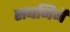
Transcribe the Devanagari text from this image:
सबनिमैं